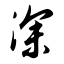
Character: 深